Scottish Certificate of Education, 1963
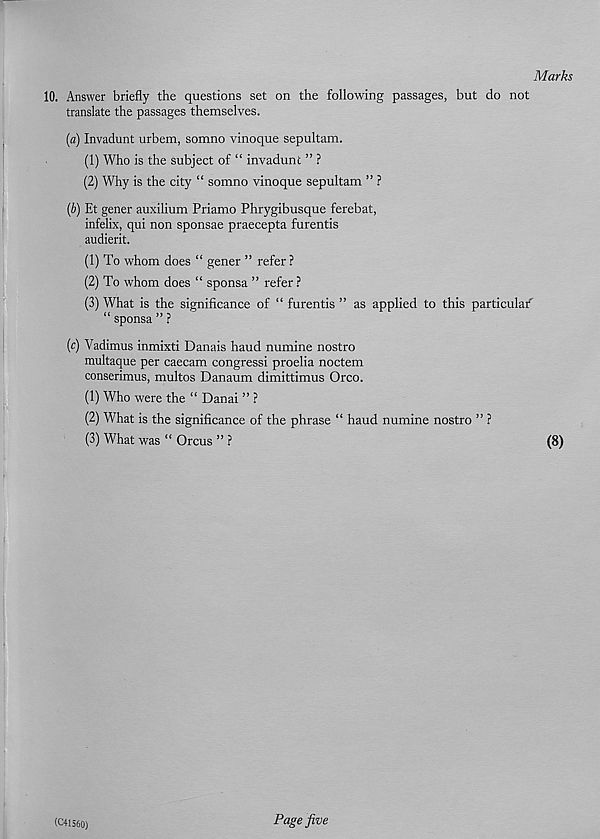
Marks
10. Answer briefly the questions set on the following passages, but do not
translate the passages themselves.
[a) Invadunt urbem, somno vinoque sepultam.
(1) Who is the subject of “ invadunt ” ?
(2) Why is the city “ somno vinoque sepultam ” ?
[b) Et gener auxilium Priamo Phrygibusque ferebat,
infelix, qui non sponsae praecepta furentis
audierit.
(1) To whom does “ gener ” refer?
(2) To whom does “ sponsa ” refer ?
(3) What is the significance of “ furentis ” as applied to this particular
“ sponsa ” ?
[c) Vadimus inmixti Danais haud numine nostro
multaque per caecam congress! proelia noctem
conserimus, multos Danaum dimittimus Oreo.
(1) Who were the “ Danai ” ?
(2) What is the significance of the phrase “ haud numine nostro ” ?
(3) What was “ Orcus ” ?
(8)
(C41560)
Page jive